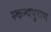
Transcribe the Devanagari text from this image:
स्कन्धपुराण